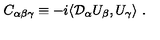
C _ { \alpha \beta \gamma } \equiv - i \langle { \cal D } _ { \alpha } U _ { \beta } , U _ { \gamma } \rangle \ .